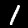
Label: 1